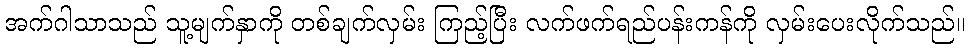
အက်ဂါသာသည် သူ့မျက်နှာကို တစ်ချက်လှမ်း ကြည့်ပြီး လက်ဖက်ရည်ပန်းကန်ကို လှမ်းပေးလိုက်သည်။